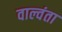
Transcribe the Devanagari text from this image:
वाल्वंता